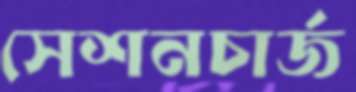
সেশনচার্জ